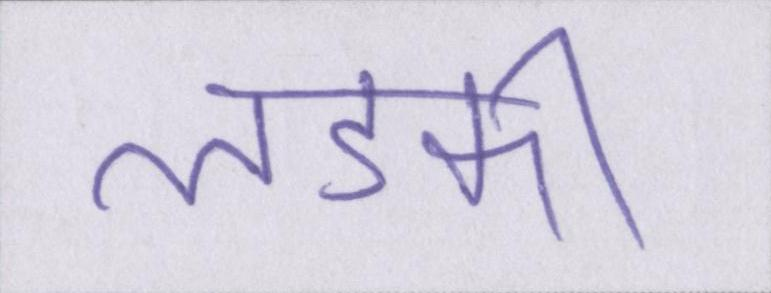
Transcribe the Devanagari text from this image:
लडकी